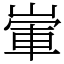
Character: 㟦